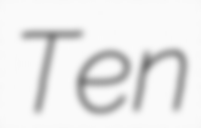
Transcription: Ten